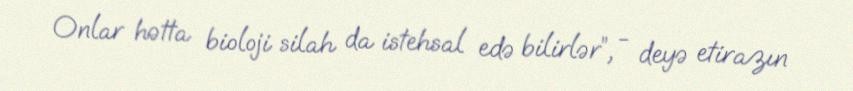
Onlar hətta bioloji silah da istehsal edə bilirlər”, - deyə etirazın